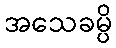
အသေခမ္ပိ